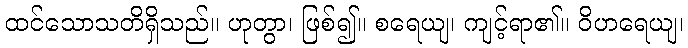
ထင်သောသတိရှိသည်။ ဟုတွာ၊ ဖြစ်၍။ စရေယျ၊ ကျင့်ရာ၏။ ဝိဟရေယျ၊